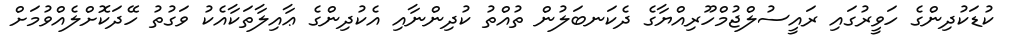
ކުޑަކުދިންގެ ހަވީރުގައި ރައީސުލްޖުމްހޫރިއްޔާގެ ދެކަނބަލުން ތުއްތު ކުދިންނާއި އެކުދިންގެ ޢާއިލާތަކާއެކު ވަގުތު ހޭދަކޮށްލެއްވުމަށް